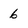
Character: 6